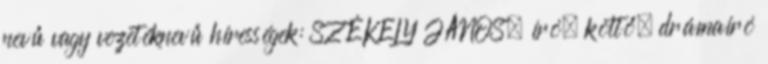
nevű vagy vezetéknevű hírességek: SZÉKELY JÁNOS, író, költő, drámaíró